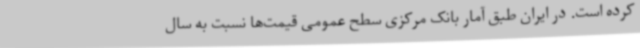
کرده است. در ایران طبق آمار بانک مرکزی سطح عمومی قیمت‌ها نسبت به سال